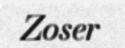
Zoser